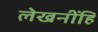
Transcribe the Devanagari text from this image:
लेखनींहि